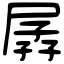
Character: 孱